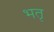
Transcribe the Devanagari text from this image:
भतृ